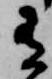
有